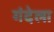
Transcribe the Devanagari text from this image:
गंदेला